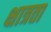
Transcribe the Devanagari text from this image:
क्षात्रता